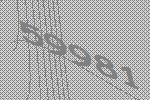
59981